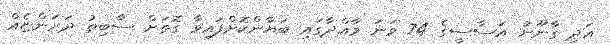
އަދި ގާނޫނު އަސާސީގެ 74 ވަނަ މާއްދާގައި ބަޔާންކޮށްފައިވާ ގޮތަށް ސާބިތު ދަރަންޏެއް